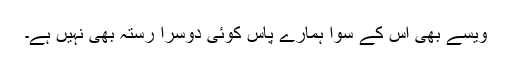
ویسے بھی اس کے سوا ہمارے پاس کوئی دوسرا رستہ بھی نہیں ہے۔